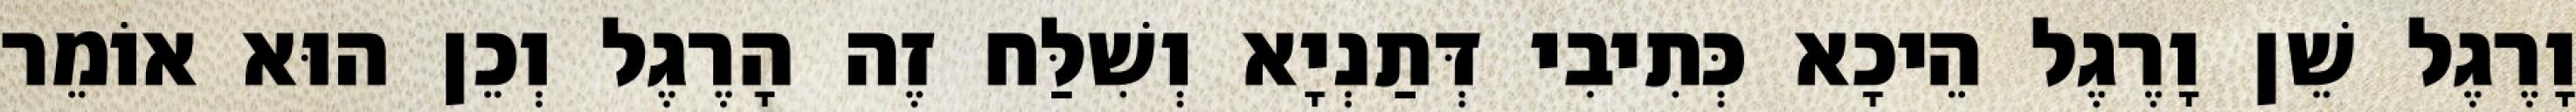
וָרֶגֶל שֵׁן וָרֶגֶל הֵיכָא כְּתִיבִי דְּתַנְיָא וְשִׁלַּח זֶה הָרֶגֶל וְכֵן הוּא אוֹמֵר